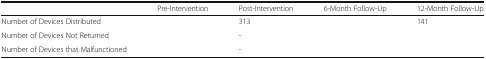
<table><thead><tr><td>[EMPTY_CELL]</td><td><b>Pre-Intervention</b></td><td><b>Post-Intervention</b></td><td><b>6-Month Follow-Up</b></td><td><b>12-Month Follow-Up</b></td></tr></thead><tbody><tr><td>Number of Devices Distributed</td><td>[EMPTY_CELL]</td><td>313</td><td>[EMPTY_CELL]</td><td>141</td></tr><tr><td>Number of Devices Not Returned</td><td>[EMPTY_CELL]</td><td>-</td><td>[EMPTY_CELL]</td><td>[EMPTY_CELL]</td></tr><tr><td>Number of Devices that Malfunctioned</td><td>[EMPTY_CELL]</td><td>-</td><td>[EMPTY_CELL]</td><td>[EMPTY_CELL]</td></tr></tbody></table>